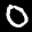
Label: 0